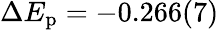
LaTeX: \Delta E_{\mathrm{p}}=-0.266(7)